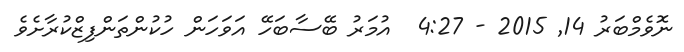
ނޮވެމްބަރު 14